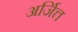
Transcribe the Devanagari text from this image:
अर्जित्त